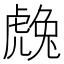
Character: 䖘